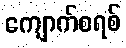
ကျောက်စရစ်